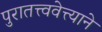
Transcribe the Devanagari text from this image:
पुरातत्त्ववेत्त्याने